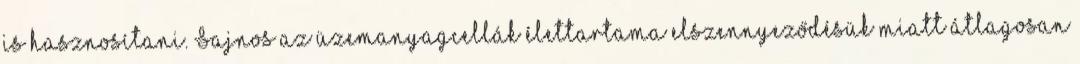
is hasznosítani. Sajnos az üzemanyagcellák élettartama elszennyeződésük miatt átlagosan